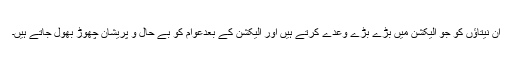
ان نیتاؤں کو جو الیکشن میں بڑے بڑے وعدے کرتے ہیں اور الیکشن کے بعدعوام کو بے حال و پریشان چھوڑ بھول جاتے ہیں۔